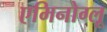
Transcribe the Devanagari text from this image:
एमिनोग्लू